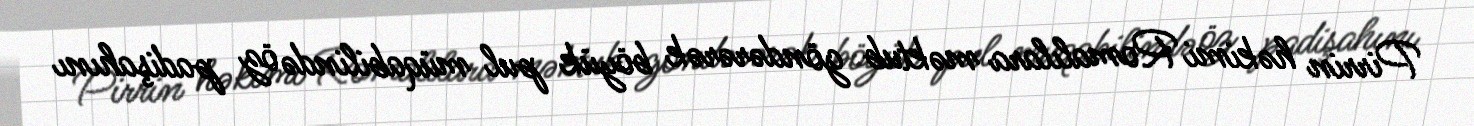
Pirrin həkimi Romalılara məktub göndərərək böyük pul müqabilində öz padişahını